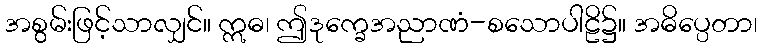
အစွမ်းဖြင့်သာလျှင်။ ဣဓ၊ ဤဒုက္ခေအညာဏံ-စသောပါဠိ၌။ အဓိပ္ပေတာ၊